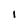
Character: I